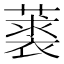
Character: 𦽲